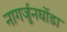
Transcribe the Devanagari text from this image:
नागर्जुनघोंडा